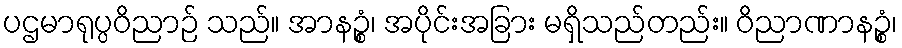
ပဌမာရုပ္ပဝိညာဉ် သည်။ အာနဉ္စံ၊ အပိုင်းအခြား မရှိသည်တည်း။ ဝိညာဏာနဉ္စံ၊